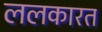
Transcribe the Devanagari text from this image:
ललकारत